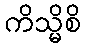
ကိသ္မိစိ